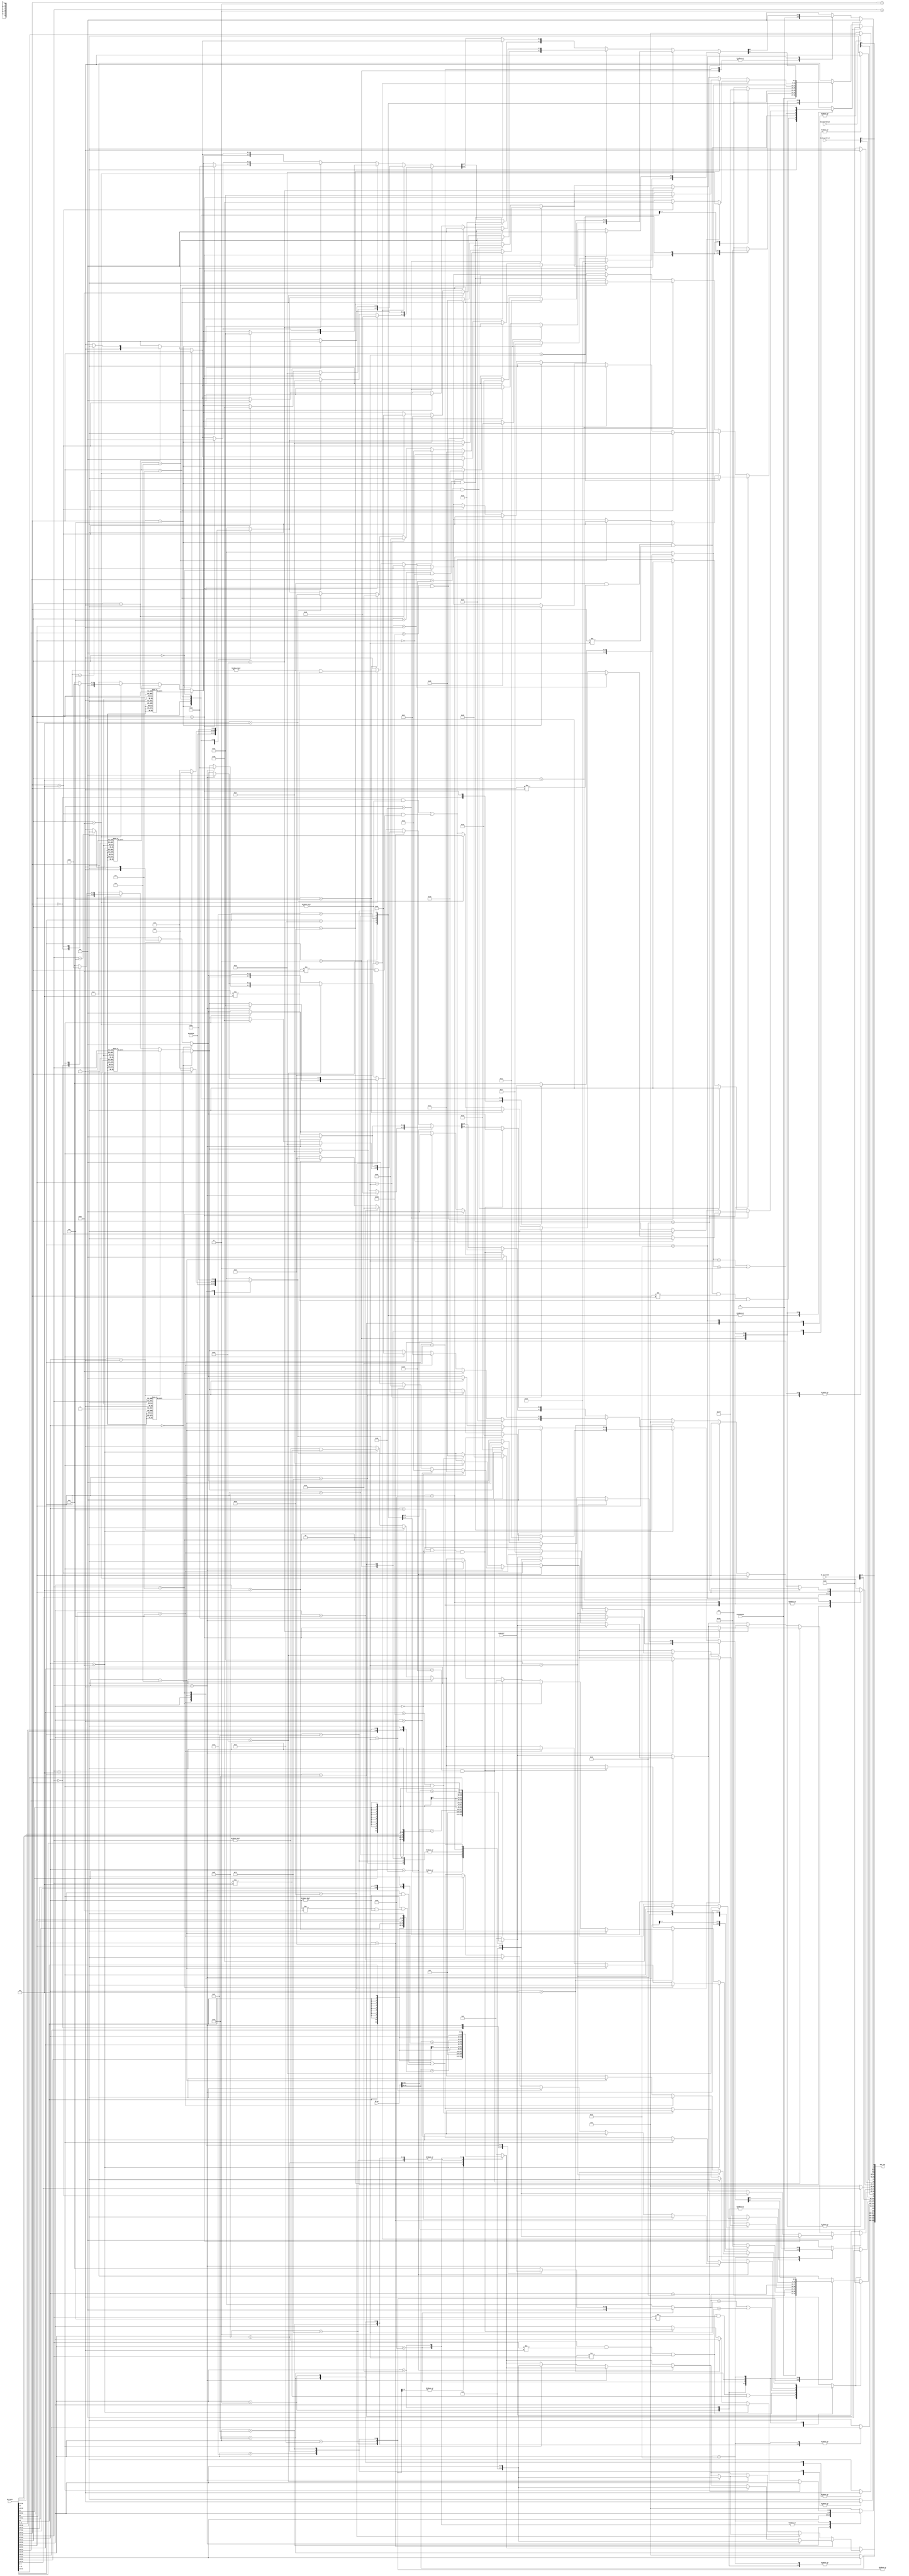
module InstrDecoder (
	IN_instr,
	IN_instrValid,
	IN_branchPred,
	IN_branchID,
	IN_pc,
	OUT_uop
);
	parameter NUM_UOPS = 2;
	input wire [(NUM_UOPS * 32) - 1:0] IN_instr;
	input wire [NUM_UOPS - 1:0] IN_instrValid;
	input wire [NUM_UOPS - 1:0] IN_branchPred;
	input wire [(NUM_UOPS * 6) - 1:0] IN_branchID;
	input wire [(NUM_UOPS * 32) - 1:0] IN_pc;
	output reg [(NUM_UOPS * 97) - 1:0] OUT_uop;
	integer i;
	reg [96:0] uop;
	reg invalidEnc;
	reg [31:0] instr;
	always @(*)
		for (i = 0; i < NUM_UOPS; i = i + 1)
			begin
				instr = IN_instr[i * 32+:32];
				uop = 97'b0000000000000000000000000000000000000000000000000000000000000000000000000000000000000000000000000;
				invalidEnc = 1;
				uop[64-:32] = IN_pc[i * 32+:32];
				uop[0] = IN_instrValid[i];
				uop[7-:6] = IN_branchID[i * 6+:6];
				uop[1] = IN_branchPred[i];
				case (instr[6-:7])
					7'b0110111, 7'b0010111: uop[96-:32] = {instr[31:12], 12'b000000000000};
					7'b1101111: uop[96-:32] = IN_pc[i * 32+:32] + $signed({{12 {instr[31]}}, instr[19:12], instr[20], instr[30:21], 1'b0});
					7'b1110011, 7'b1100111, 7'b0000011, 7'b0010011: uop[96-:32] = $signed({{20 {instr[31]}}, instr[31:20]});
					7'b1100011: uop[96-:32] = IN_pc[i * 32+:32] + $signed({{20 {instr[31]}}, instr[7], instr[30:25], instr[11:8], 1'b0});
					7'b0100011: uop[96-:32] = $signed({{20 {instr[31]}}, instr[31:25], instr[11:7]});
					default: uop[96-:32] = 0;
				endcase
				case (instr[6-:7])
					7'b1110011: begin
						uop[9-:2] = 2'd0;
						uop[32-:5] = 0;
						uop[27-:5] = 0;
						uop[20-:5] = 0;
						uop[15-:6] = 6'd20;
						uop[21] = 1;
						uop[22] = 1;
						invalidEnc = 0;
					end
					7'b0110111: begin
						uop[9-:2] = 2'd0;
						uop[32-:5] = 0;
						uop[27-:5] = 0;
						uop[22] = 0;
						uop[21] = 1;
						uop[20-:5] = instr[11-:5];
						uop[15-:6] = 6'd16;
						invalidEnc = 0;
					end
					7'b0010111: begin
						uop[9-:2] = 2'd0;
						uop[32-:5] = 0;
						uop[27-:5] = 0;
						uop[22] = 1;
						uop[21] = 1;
						uop[20-:5] = instr[11-:5];
						uop[15-:6] = 6'd17;
						invalidEnc = 0;
					end
					7'b1101111: begin
						uop[9-:2] = 2'd0;
						uop[32-:5] = 0;
						uop[27-:5] = 0;
						uop[22] = 1;
						uop[21] = 1;
						uop[20-:5] = instr[11-:5];
						uop[15-:6] = 6'd18;
						invalidEnc = 0;
					end
					7'b1100111: begin
						uop[9-:2] = 2'd0;
						uop[32-:5] = 0;
						uop[27-:5] = instr[19-:5];
						uop[22] = 1;
						uop[21] = 0;
						uop[20-:5] = instr[11-:5];
						uop[15-:6] = 6'd19;
						invalidEnc = 0;
					end
					7'b0000011: begin
						uop[32-:5] = instr[19-:5];
						uop[27-:5] = 0;
						uop[22] = 0;
						uop[21] = 1;
						uop[20-:5] = instr[11-:5];
						uop[9-:2] = 2'd1;
						case (instr[14-:3])
							0: uop[15-:6] = 6'd0;
							1: uop[15-:6] = 6'd1;
							2: uop[15-:6] = 6'd2;
							4: uop[15-:6] = 6'd3;
							5: uop[15-:6] = 6'd4;
						endcase
						invalidEnc = ((((instr[14-:3] != 0) && (instr[14-:3] != 1)) && (instr[14-:3] != 2)) && (instr[14-:3] != 4)) && (instr[14-:3] != 5);
					end
					7'b0100011: begin
						uop[32-:5] = instr[19-:5];
						uop[27-:5] = instr[24-:5];
						uop[22] = 0;
						uop[21] = 0;
						uop[20-:5] = 0;
						uop[9-:2] = 2'd1;
						case (instr[14-:3])
							0: uop[15-:6] = 6'd5;
							1: uop[15-:6] = 6'd6;
							2: uop[15-:6] = 6'd7;
						endcase
						invalidEnc = ((instr[14-:3] != 0) && (instr[14-:3] != 1)) && (instr[14-:3] != 2);
					end
					7'b1100011: begin
						uop[32-:5] = instr[19-:5];
						uop[27-:5] = instr[24-:5];
						uop[22] = 0;
						uop[21] = 0;
						uop[20-:5] = 0;
						uop[9-:2] = 2'd0;
						case (instr[14-:3])
							0: uop[15-:6] = 6'd10;
							1: uop[15-:6] = 6'd11;
							4: uop[15-:6] = 6'd12;
							5: uop[15-:6] = 6'd13;
							6: uop[15-:6] = 6'd14;
							7: uop[15-:6] = 6'd15;
						endcase
						invalidEnc = (uop[15-:6] == 2) || (uop[15-:6] == 3);
					end
					7'b0010011: begin
						uop[32-:5] = instr[19-:5];
						uop[27-:5] = 0;
						uop[22] = 0;
						uop[21] = 1;
						uop[20-:5] = instr[11-:5];
						invalidEnc = ((instr[14-:3] == 1) && (instr[31-:7] != 0)) || ((instr[14-:3] == 5) && ((instr[31-:7] != 7'h20) && (instr[31-:7] != 0)));
						uop[9-:2] = 2'd0;
						case (instr[14-:3])
							0: uop[15-:6] = 6'd0;
							1: uop[15-:6] = 6'd4;
							2: uop[15-:6] = 6'd6;
							3: uop[15-:6] = 6'd7;
							4: uop[15-:6] = 6'd1;
							5: uop[15-:6] = (instr[31-:7] == 7'h20 ? 6'd9 : 6'd5);
							6: uop[15-:6] = 6'd2;
							7: uop[15-:6] = 6'd3;
						endcase
						if (instr[31-:7] == 7'b0110000) begin
							if (instr[14-:3] == 3'b001) begin
								if (instr[24-:5] == 5'b00000) begin
									invalidEnc = 0;
									uop[15-:6] = 6'd28;
								end
								else if (instr[24-:5] == 5'b00001) begin
									invalidEnc = 0;
									uop[15-:6] = 6'd29;
								end
								else if (instr[24-:5] == 5'b00010) begin
									invalidEnc = 0;
									uop[15-:6] = 6'd30;
								end
								else if (instr[24-:5] == 5'b00100) begin
									invalidEnc = 0;
									uop[15-:6] = 6'd35;
								end
								else if (instr[24-:5] == 5'b00101) begin
									invalidEnc = 0;
									uop[15-:6] = 6'd36;
								end
								else if (instr[24-:5] == 5'b00101) begin
									invalidEnc = 0;
									uop[15-:6] = 6'd37;
								end
							end
							else if (instr[14-:3] == 3'b101) begin
								invalidEnc = 0;
								uop[15-:6] = 6'd39;
								uop[96-:32] = {27'b000000000000000000000000000, instr[24-:5]};
							end
						end
						else if ((instr[31:20] == 12'b001010000111) && (instr[14-:3] == 3'b101)) begin
							invalidEnc = 0;
							uop[15-:6] = 6'd40;
						end
						else if ((instr[31:20] == 12'b011010011000) && (instr[14-:3] == 3'b101)) begin
							invalidEnc = 0;
							uop[15-:6] = 6'd41;
						end
						if (instr[31-:7] == 7'b0100100) begin
							if (instr[14-:3] == 3'b001) begin
								uop[15-:6] = 6'd42;
								uop[96-:32] = {27'b000000000000000000000000000, instr[24-:5]};
							end
							else if (instr[14-:3] == 3'b101) begin
								uop[15-:6] = 6'd43;
								uop[96-:32] = {27'b000000000000000000000000000, instr[24-:5]};
							end
						end
						else if (instr[31-:7] == 7'b0110100) begin
							if (instr[14-:3] == 3'b001) begin
								uop[15-:6] = 6'd44;
								uop[96-:32] = {27'b000000000000000000000000000, instr[24-:5]};
							end
						end
						else if (instr[31-:7] == 7'b0010100)
							if (instr[14-:3] == 3'b001) begin
								uop[15-:6] = 6'd45;
								uop[96-:32] = {27'b000000000000000000000000000, instr[24-:5]};
							end
					end
					7'b0110011: begin
						uop[32-:5] = instr[19-:5];
						uop[27-:5] = instr[24-:5];
						uop[22] = 0;
						uop[21] = 0;
						uop[20-:5] = instr[11-:5];
						uop[9-:2] = 2'd0;
						if (instr[31-:7] == 0) begin
							invalidEnc = 0;
							case (instr[14-:3])
								0: uop[15-:6] = 6'd0;
								1: uop[15-:6] = 6'd4;
								2: uop[15-:6] = 6'd6;
								3: uop[15-:6] = 6'd7;
								4: uop[15-:6] = 6'd1;
								5: uop[15-:6] = 6'd5;
								6: uop[15-:6] = 6'd2;
								7: uop[15-:6] = 6'd3;
							endcase
						end
						else if (instr[31-:7] == 7'h01) begin
							invalidEnc = 0;
							if (instr[14-:3] < 4)
								uop[9-:2] = 2'd2;
							else
								uop[9-:2] = 2'd3;
							case (instr[14-:3])
								0: uop[15-:6] = 6'd0;
								1: uop[15-:6] = 6'd1;
								2: uop[15-:6] = 6'd2;
								3: uop[15-:6] = 6'd3;
								4: uop[15-:6] = 6'd0;
								5: uop[15-:6] = 6'd1;
								6: uop[15-:6] = 6'd2;
								7: uop[15-:6] = 6'd3;
							endcase
						end
						else if (instr[31-:7] == 7'h20) begin
							invalidEnc = (instr[14-:3] != 0) && (instr[14-:3] != 5);
							uop[9-:2] = 2'd0;
							case (instr[14-:3])
								0: uop[15-:6] = 6'd8;
								5: uop[15-:6] = 6'd9;
							endcase
						end
						if (instr[31-:7] == 7'b0010000) begin
							if (instr[14-:3] == 3'b010) begin
								invalidEnc = 0;
								uop[15-:6] = 6'd22;
								uop[9-:2] = 2'd0;
							end
							else if (instr[14-:3] == 3'b100) begin
								invalidEnc = 0;
								uop[15-:6] = 6'd23;
								uop[9-:2] = 2'd0;
							end
							else if (instr[14-:3] == 3'b110) begin
								invalidEnc = 0;
								uop[15-:6] = 6'd24;
								uop[9-:2] = 2'd0;
							end
						end
						else if (instr[31-:7] == 7'b0100000) begin
							if (instr[14-:3] == 3'b111) begin
								invalidEnc = 0;
								uop[15-:6] = 6'd26;
								uop[9-:2] = 2'd0;
							end
							else if (instr[14-:3] == 3'b110) begin
								invalidEnc = 0;
								uop[15-:6] = 6'd27;
								uop[9-:2] = 2'd0;
							end
							else if (instr[14-:3] == 3'b100) begin
								invalidEnc = 0;
								uop[15-:6] = 6'd25;
								uop[9-:2] = 2'd0;
							end
						end
						else if (instr[31-:7] == 7'b0000101) begin
							if (instr[14-:3] == 3'b110) begin
								invalidEnc = 0;
								uop[15-:6] = 6'd31;
								uop[9-:2] = 2'd0;
							end
							else if (instr[14-:3] == 3'b111) begin
								invalidEnc = 0;
								uop[15-:6] = 6'd32;
								uop[9-:2] = 2'd0;
							end
							else if (instr[14-:3] == 3'b100) begin
								invalidEnc = 0;
								uop[15-:6] = 6'd33;
								uop[9-:2] = 2'd0;
							end
							else if (instr[14-:3] == 3'b101) begin
								invalidEnc = 0;
								uop[15-:6] = 6'd34;
								uop[9-:2] = 2'd0;
							end
						end
						else if (((instr[31-:7] == 7'b0000100) && (instr[24-:5] == 0)) && (instr[14-:3] == 3'b100)) begin
							invalidEnc = 0;
							uop[27-:5] = 0;
							uop[15-:6] = 6'd37;
						end
						else if (instr[31-:7] == 7'b0110000) begin
							if (instr[14-:3] == 3'b001) begin
								uop[15-:6] = 6'd38;
								uop[9-:2] = 2'd0;
							end
							else if (instr[14-:3] == 3'b101) begin
								uop[15-:6] = 6'd39;
								uop[9-:2] = 2'd0;
							end
						end
						else if (instr[31-:7] == 7'b0100100) begin
							if (instr[14-:3] == 3'b001) begin
								uop[15-:6] = 6'd42;
								uop[9-:2] = 2'd0;
							end
							else if (instr[14-:3] == 3'b101) begin
								uop[15-:6] = 6'd43;
								uop[9-:2] = 2'd0;
							end
						end
						else if (instr[31-:7] == 7'b0110100) begin
							if (instr[14-:3] == 3'b001) begin
								uop[15-:6] = 6'd44;
								uop[9-:2] = 2'd0;
							end
						end
						else if (instr[31-:7] == 7'b0010100)
							if (instr[14-:3] == 3'b001) begin
								uop[15-:6] = 6'd45;
								uop[9-:2] = 2'd0;
							end
					end
					default: invalidEnc = 1;
				endcase
				if (invalidEnc) begin
					uop[15-:6] = 6'd21;
					uop[9-:2] = 2'd0;
				end
				OUT_uop[i * 97+:97] = uop;
			end
endmodule